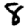
Digit: 8